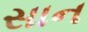
સાન